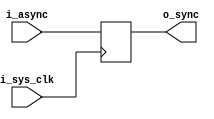
`timescale 1ns / 1ps
//////////////////////////////////////////////////////////////////////////////////
// Company: 
// 
// Design Name: 
// Module Name: Pulse_Sync
// Project Name: Enxor Logic Analyzer
// Target Devices: 
// Tool Versions: 
// Description: 
// 
//      Copyright (C) 2021  Matthew Crump
//
// 		This program is free software: you can redistribute it and/or modify
// 		it under the terms of the GNU General Public License as published by
// 		the Free Software Foundation, either version 3 of the License, or
// 		(at your option) any later version.
//
// 		This program is distributed in the hope that it will be useful,
// 		but WITHOUT ANY WARRANTY; without even the implied warranty of
// 		MERCHANTABILITY or FITNESS FOR A PARTICULAR PURPOSE.  See the
// 		GNU General Public License for more details.
//
// 		You should have received a copy of the GNU General Public License
// 		along with this program.  If not, see <https://www.gnu.org/licenses/>.
//
// Dependencies: 
// 
// Revision:
// Revision 0.01 - File Created
// Additional Comments:
// 
//////////////////////////////////////////////////////////////////////////////////

module Pulse_Sync #(parameter DATA_WIDTH = 8)(
    input i_sys_clk,
    input [DATA_WIDTH-1:0] i_async,
    output reg [DATA_WIDTH-1:0] o_sync
    );
    
    
    always @(posedge i_sys_clk) begin
            o_sync <= i_async;
    end // End always
    
endmodule